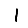
Digit: 1